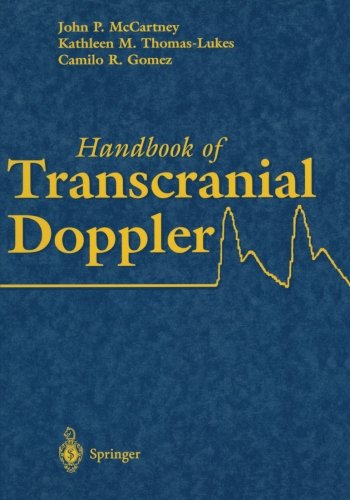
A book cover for Handbook of Transcranial Doppler; John P. McCartney; Health, Fitness & Dieting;